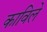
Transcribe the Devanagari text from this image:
काविले